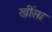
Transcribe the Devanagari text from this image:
खींसा